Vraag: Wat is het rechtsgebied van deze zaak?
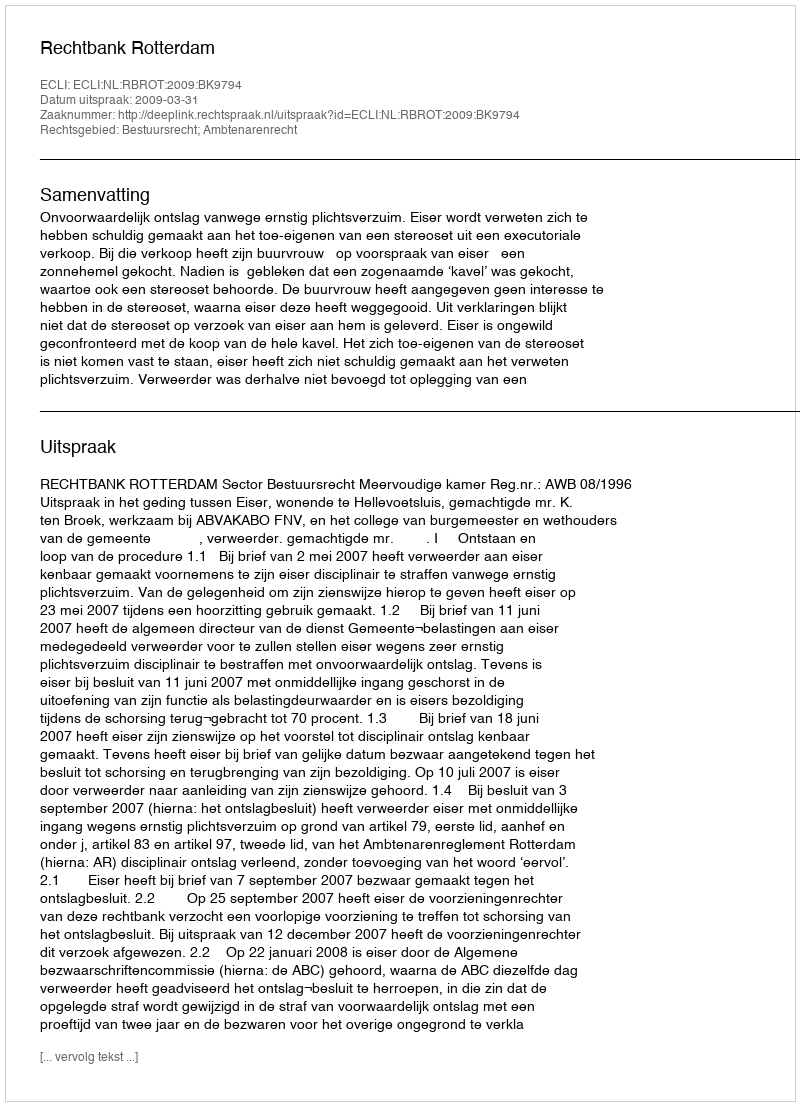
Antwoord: Bestuursrecht; Ambtenarenrecht